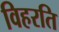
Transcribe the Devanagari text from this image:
विहरति